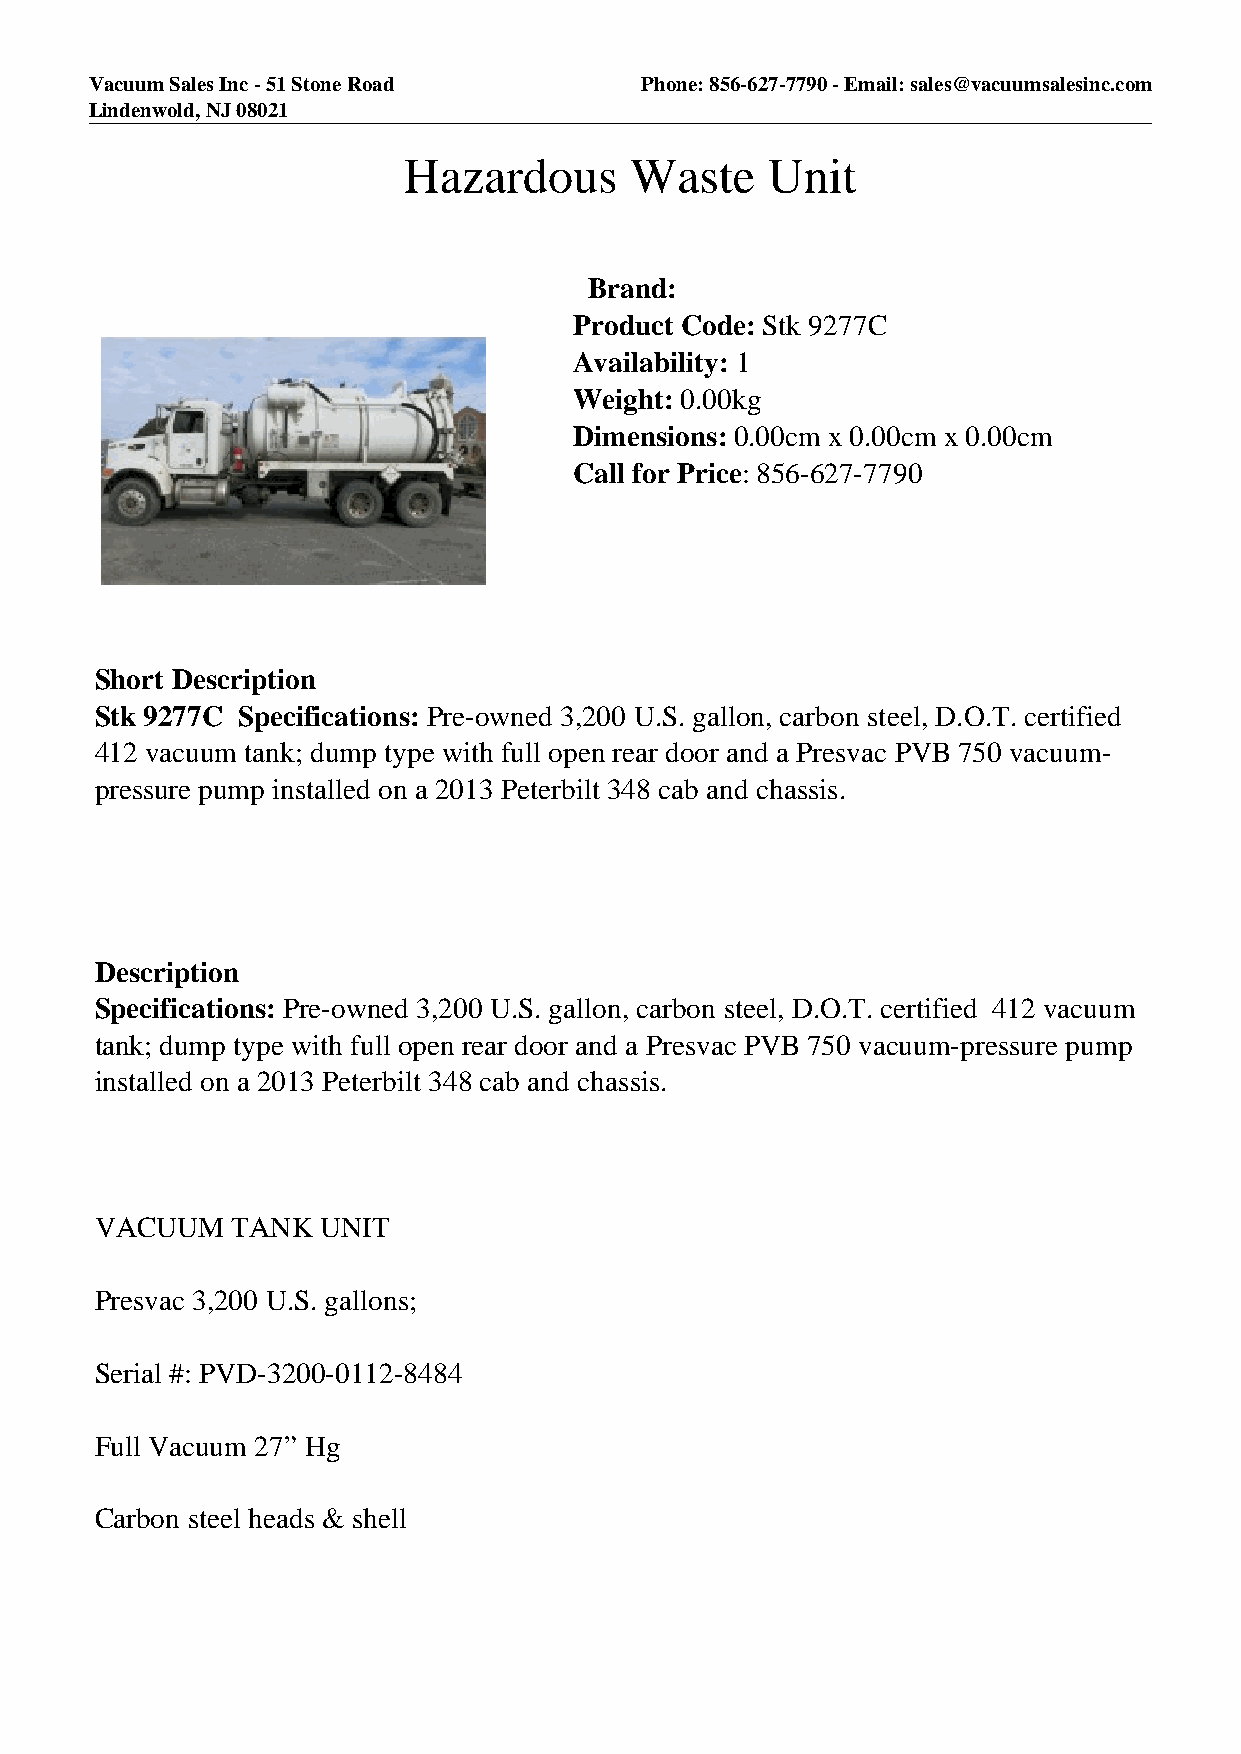
Vacuum Sales Inc - 51 Stone Road    Phone: 856-627-7790 - Email: sales@vacuumsalesinc.com
 Lindenwold, NJ 08021
 Hazardous      Waste    Unit
 Brand:
 Product Code: Stk 9277C
 Availability: 1
 Weight: 0.00kg
 Dimensions: 0.00cm x 0.00cm x 0.00cm
 Call for Price: 856-627-7790
 Short Description
 Stk 9277C Specifications: Pre-owned 3,200 U.S. gallon, carbon steel, D.O.T. certified
 412 vacuum tank; dump type with full open rear door and a Presvac PVB 750 vacuum-
 pressure pump installed on a 2013 Peterbilt 348 cab and chassis.
 Description
 Specifications: Pre-owned 3,200 U.S. gallon, carbon steel, D.O.T. certified 412 vacuum
 tank; dump type with full open rear door and a Presvac PVB 750 vacuum-pressure pump
 installed on a 2013 Peterbilt 348 cab and chassis.
 VACUUM   TANK  UNIT
 Presvac 3,200 U.S. gallons;
 Serial #: PVD-3200-0112-8484
 Full Vacuum 27” Hg
 Carbon steel heads & shell